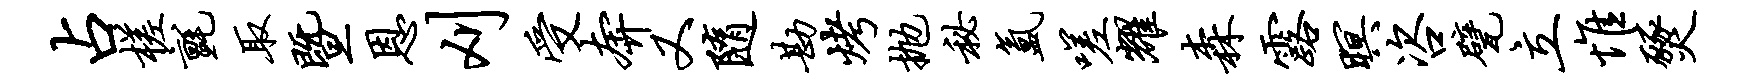
占槎毡取暨恩刈受奔又随勘烤抛秘氲嗟耀森露暝咨甓立惟燹